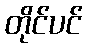
တိုင်ပင်